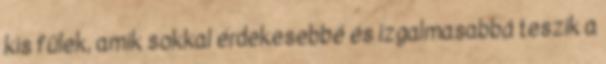
kis fülek, amik sokkal érdekesebbé és izgalmasabbá teszik a